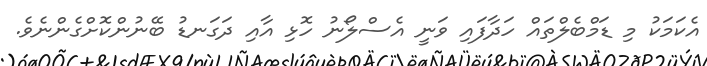
އެކަމަކު މި ޑަމްބެލްތައް ހަދާފައި ވަނީ އެސްލޯނު ހޮޅި އާއި ދަގަނޑު ބޭނުންކޮށްގެންނެވެ.